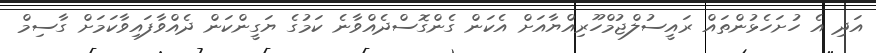
އަދި އެ ހުށަހެޅުންތައް ރައީސުލްޖުމްހޫރިއްޔާއަށް އެކަން ގެންގޮސްދެއްވާނެ ކަމުގެ ޔަގީންކަން ދެއްވާފައިވާކަމަށް ގާސިމް